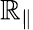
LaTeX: \mathbb{R}_{\parallel}